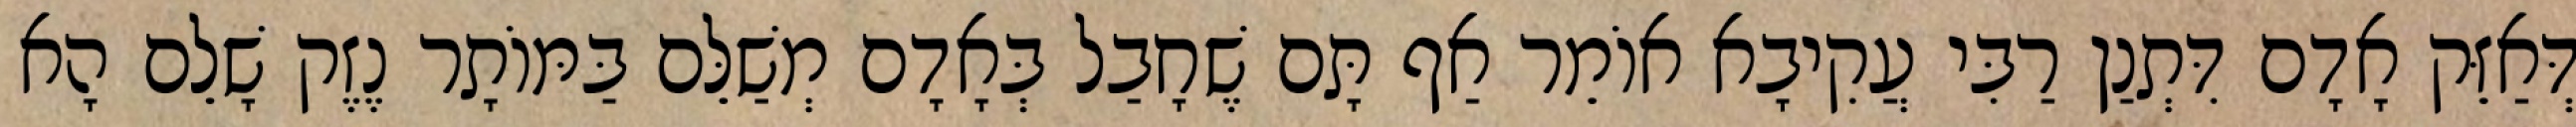
דְּאַזֵּק אָדָם דִּתְנַן רַבִּי עֲקִיבָא אוֹמֵר אַף תָּם שֶׁחָבַל בְּאָדָם מְשַׁלֵּם בַּמּוֹתָר נֶזֶק שָׁלֵם הָא